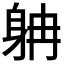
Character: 𨈭